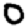
Digit: 0